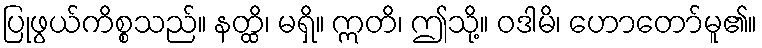
ပြုဖွယ်ကိစ္စသည်။ နတ္ထိ၊ မရှိ။ ဣတိ၊ ဤသို့။ ဝဒါမိ၊ ဟောတော်မူ၏။